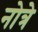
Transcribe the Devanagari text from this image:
नोत्रे